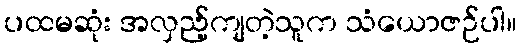
ပထမဆုံး အလှည့်ကျတဲ့သူက သံယောဇဉ်ပါ။